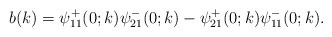
\begin{align*}b(k)=\psi^+_{11}(0 ;k) \psi^-_{21}(0;k)-\psi^+_{21}(0;k) \psi^-_{11}(0;k) .\end{align*}